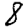
Digit: 8